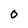
Character: O